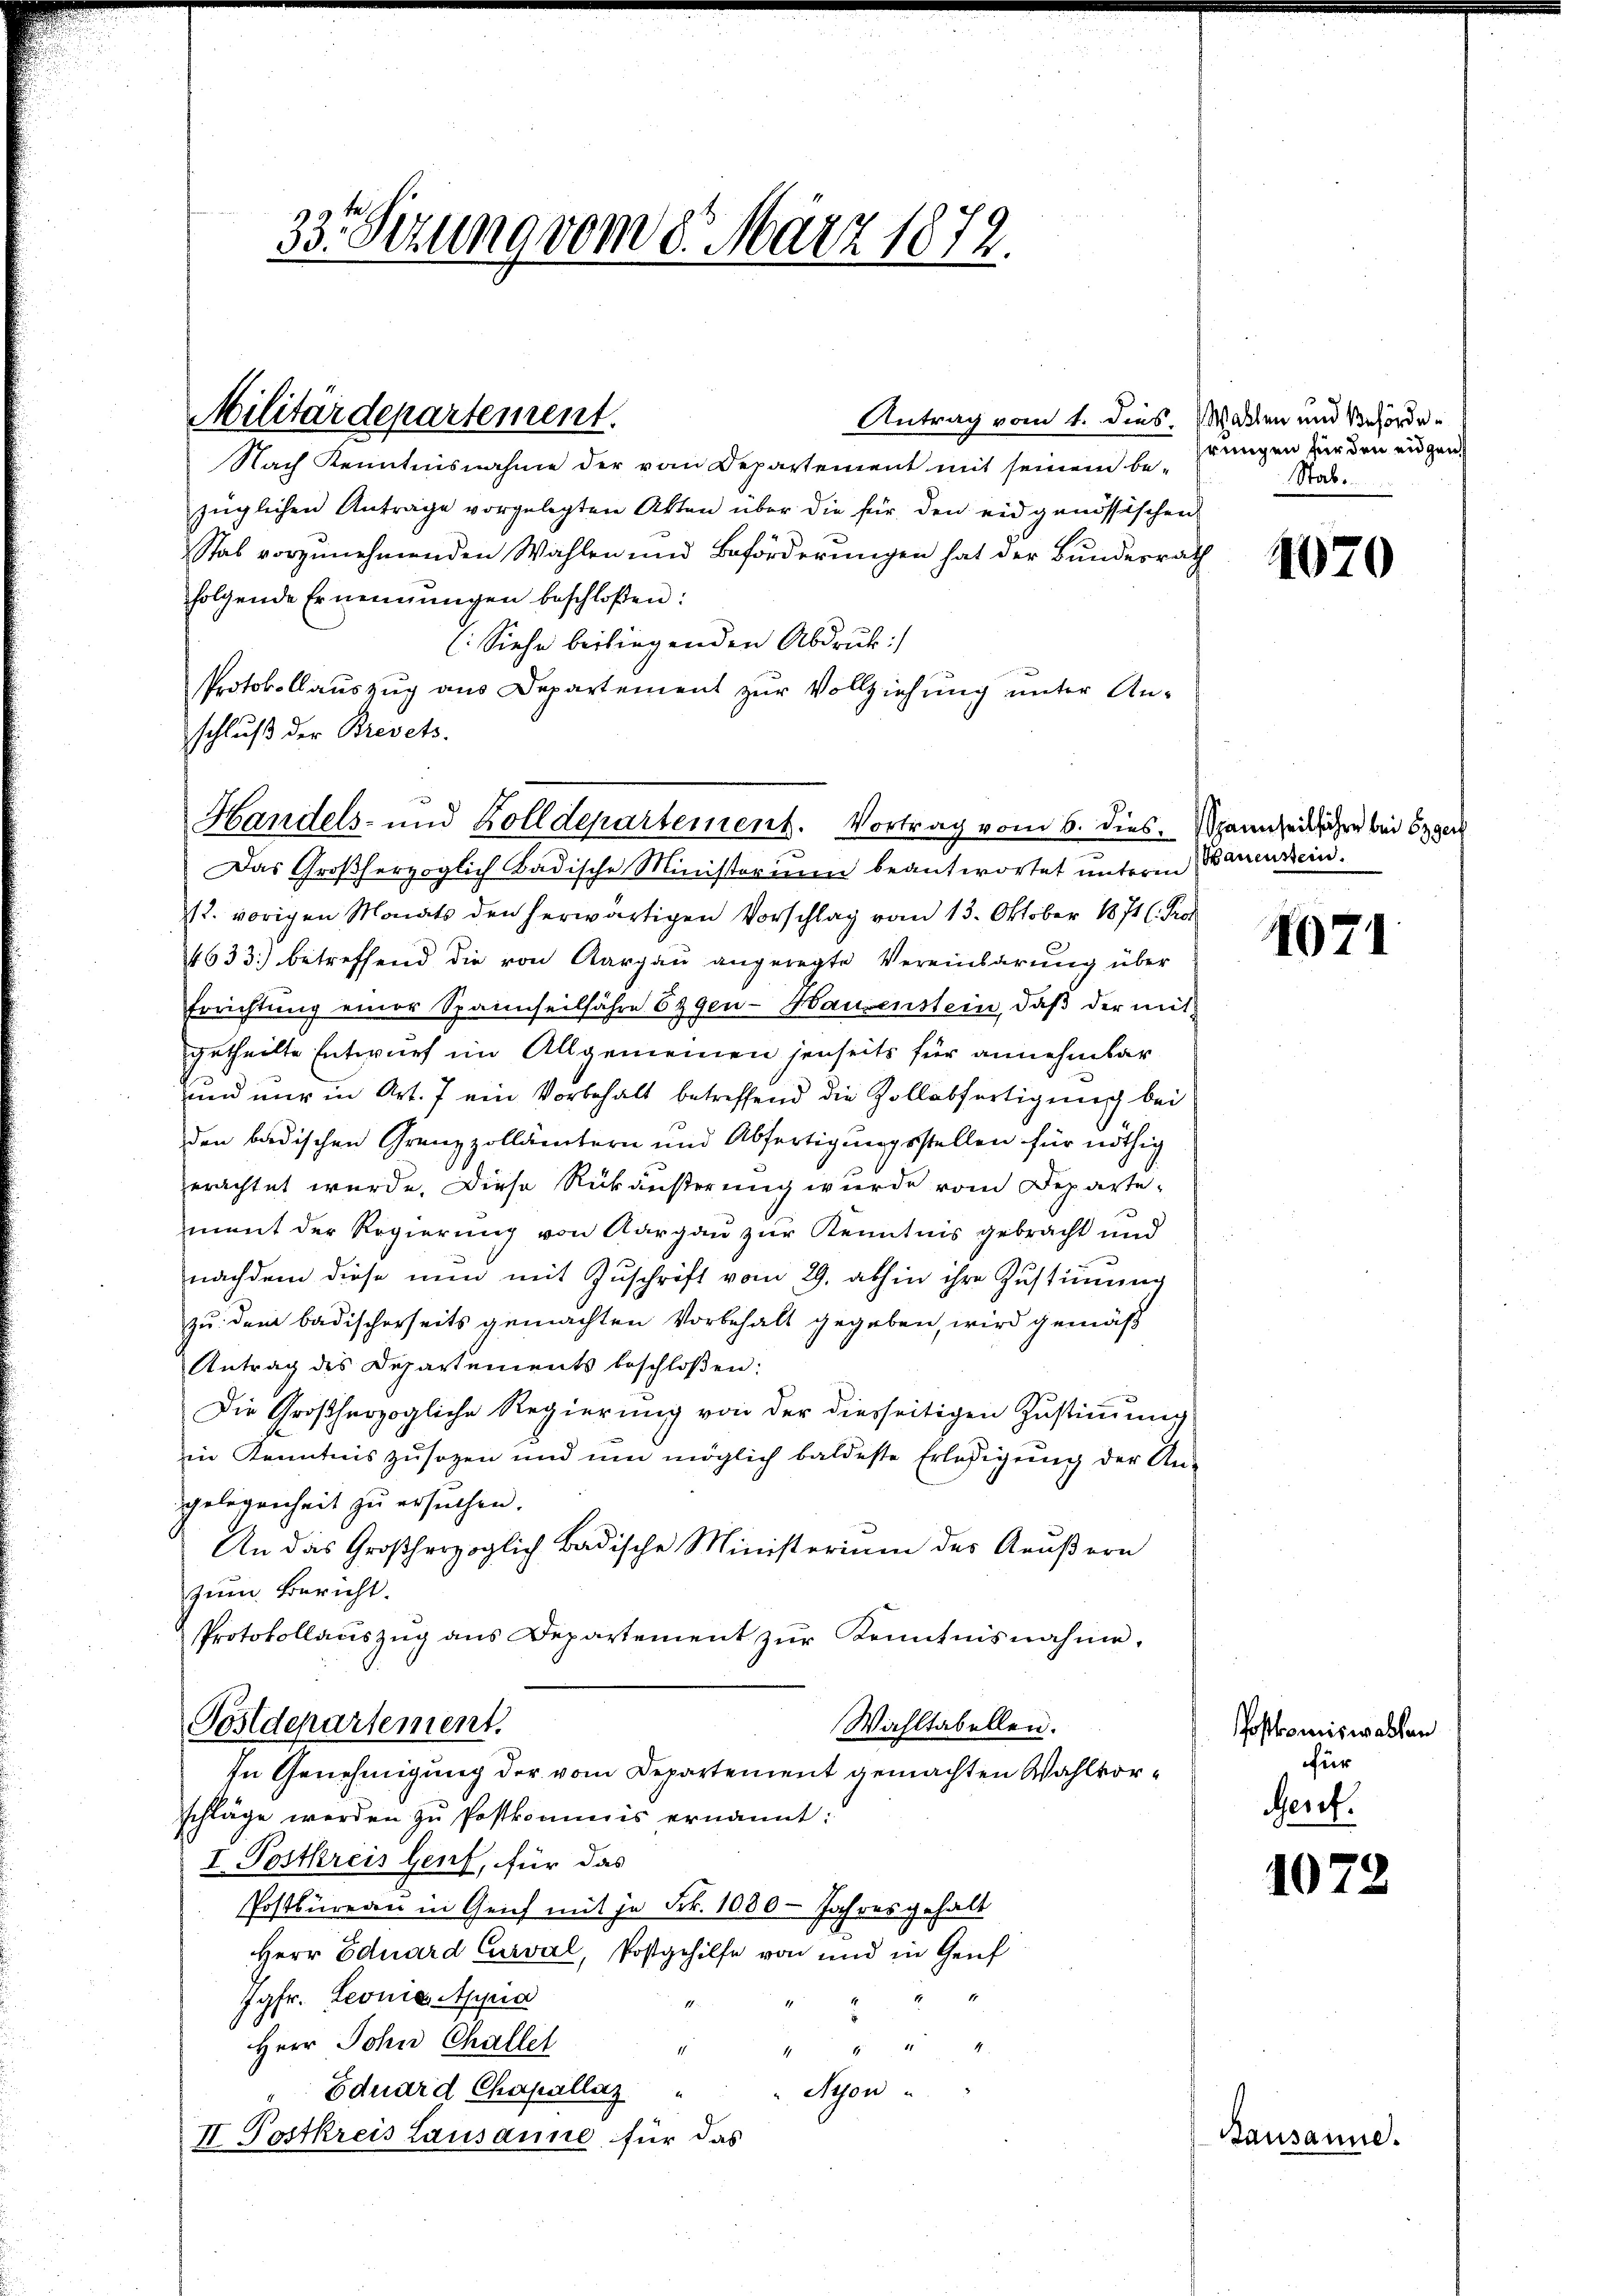
33. Sizung vom 8. März 1872.

Nach Kenntnisnahme der vom Departement mit seinem be-
züglichen Anträge vorgelegten Akten über die für den eidgenössischen
Stab vorzunehmenden Wahlen und Beförderungen hat der Bundesrath
folgende Ernennungen beschloßen:
(Siehe beiliegenden Abdruck:
Protokollaŭszŭg ans Departement zŭr Vollziehŭng ŭnter An-
schluß der Brevets.

Militärdepartement.

Handels- und Zolldepartement. Vortrag vom 6. dies. Spannheit ihre bei Egger
Das Großherzoglich Badische Ministorium beantwortet unterm Bauensein.

12. vorigen Monats den herwärtigen Vorschlag vom 13. Oktober 1871 (. Prof
4633. betreffend die von Aargau angeregte Vereinbarŭng über
Errichtung einer Spannseilfahre Eigen-Hauenstein, daß der mit
getheilte Entwurf im Allgemeinen jenseits für annehmbar
und nur in Art. 7 ein Vorbehalt betreffend die Zollabfertigung bei
1
den badischen Grenzzollämtern und Abfertigungsstellen für nöthig
erachtet wurde. Diese Rückäußerung wurde vom Departement der Regierung von Aargau zur Kenntnis gebracht und
nachdem diese nun mit Zuschrift vom 29. abhin ihre Zustimmung
zu dem badischerseits gemachten Vorbehalt gegeben, wird gemäß
Antrag des Departements beschloßen:
Die Großherzogliche Regierung von der diesseitigen Zustimmung
in Kenntnis zusagen und um möglich baldeste Erledigung der An-
gelegenheit zu ersuchen.
An das Großherzoglich Badische Ministerium der Aeußern
zŭm Bericht.
Protokollauszug aus Departement zŭr Kenntnisnahme.
Wahltabellen.
Postdepartement.
In Genehmigung der vom Departement gemachten Wahlvorschläge werden zu Postkommis ernannt:
I. Postkreis Genf, für das
Postbüreau in Geich mit je Frk. 1080 - Jahres gehalt
Herr Eduard Curval, Postgehilfe von und in Genf
u
Jgfr. Leonie Appia
.
Herr John Challet
11
44
Nyon
Eduard Chapellaz
II. Postkreis Lausanne für das

Antrag vom 1. dies. Wasten und Behördehrungen für den eidgen
Stab.

1070

1071

Postkomiswahlen
für
Genf.

1072

¬

Bausanne.